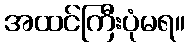
အထင်ကြီးပုံမရ။